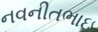
નવનીતભાઇ